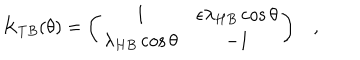
K _ { T B } ( \theta ) = \left( \begin{array} { c c } { { 1 } } & { { \epsilon \lambda _ { H B } \cos \theta } } \\ { { \lambda _ { H B } \cos \theta } } & { { - 1 } } \\ \end{array} \right) ,